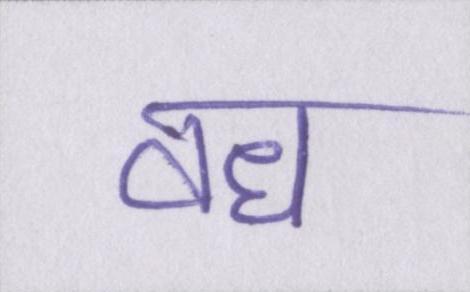
वध